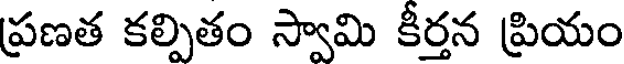
ప్రణత కల్పితం స్వామి కీర్తన ప్రియం